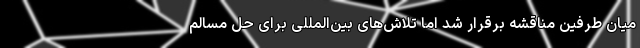
میان طرفین مناقشه برقرار شد اما تلاش‌های بین‌المللی برای حل مسالم